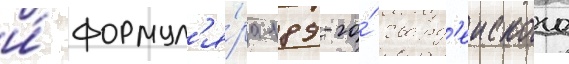
и́ формул'я́ра 189-го́ гвард'еиского